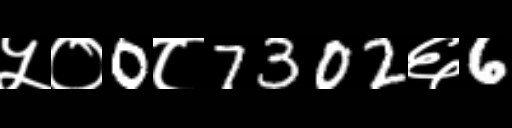
Text: ५०0८7302६6